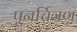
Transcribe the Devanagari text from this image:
पुनर्चित्रण